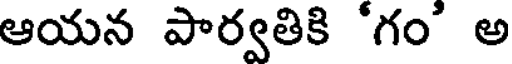
ఆయన పార్వతికి 'గం' అ